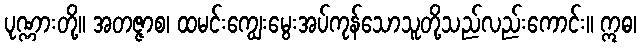
ပုဏ္ဏားတို့။ အတဇ္ဇာစ၊ ထမင်းကျွေးမွေးအပ်ကုန်သောသူတို့သည်လည်းကောင်း။ ဣဓ၊